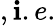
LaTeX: ,\mathbf{i}.e.